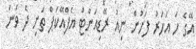
އޭގެ ހަ އަހަރު ފަހުން ނިއު ރޭޑިއަންޓް އެފްއޭކަޕް ތަށި ދެ ވަނަ